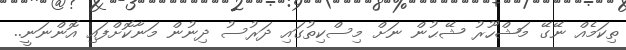
ތިކަމެއް ނޭގޭ މަޝްހޫރު ޝޭޙުން ނަށް މިސްކިތުގައި ދަރުސު ދިނުން މަނާކޮށްފައި އޮންނަނީ..